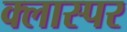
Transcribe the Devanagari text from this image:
क्लास्पर